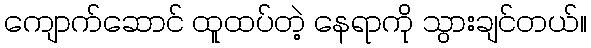
ကျောက်ဆောင် ထူထပ်တဲ့ နေရာကို သွားချင်တယ်။